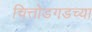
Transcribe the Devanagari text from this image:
चित्तोडगडच्या